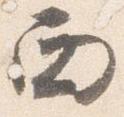
西